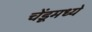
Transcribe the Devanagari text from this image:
चेंडूमध्ये